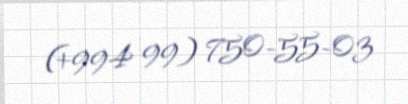
(+994 99) 750-55-03